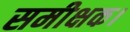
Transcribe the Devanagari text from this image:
समीक्षक।